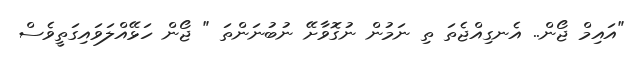
"އައިމް ޖޯން.. އެނގިއްޖެތަ ތި ނަމުން ނުގޮވާށޭ ނުބުނަންތަ " ޖޯން ހަޅޭއްލަވައިގަތީވެސް